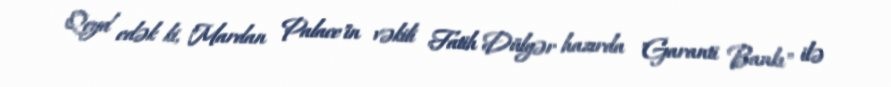
Qeyd edək ki, "Mardan Palace"in vəkili Fatih Dülgər hazırda "Garanti Bankı" ilə